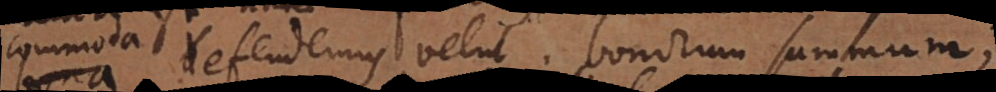
bona defendemus velut bonorum summum;